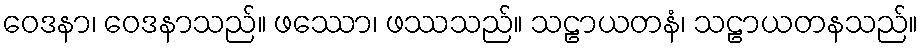
ဝေဒနာ၊ ဝေဒနာသည်။ ဖဿော၊ ဖဿသည်။ သဠာယတနံ၊ သဠာယတနသည်။